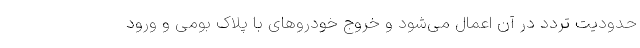
حدودیت تردد در آن اعمال می‌شود و خروج خودروهای با پلاک بومی و ورود